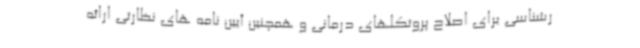
رشناسی برای اصلاح پروتکلهای درمانی و همچنین آیین نامه های نظارتی ارائه